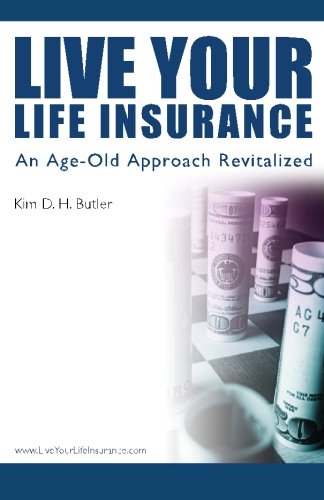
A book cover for Live Your Life Insurance; Kim D. H. Butler; Business & Money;